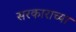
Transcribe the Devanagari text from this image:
सरकाराच्या